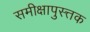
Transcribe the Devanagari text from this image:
समीक्षापुस्त्तक